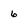
Character: 6